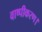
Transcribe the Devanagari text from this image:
वाष्पीकरण।